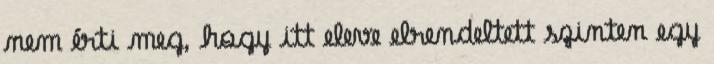
nem érti meg, hogy itt eleve elrendeltett szinten egy